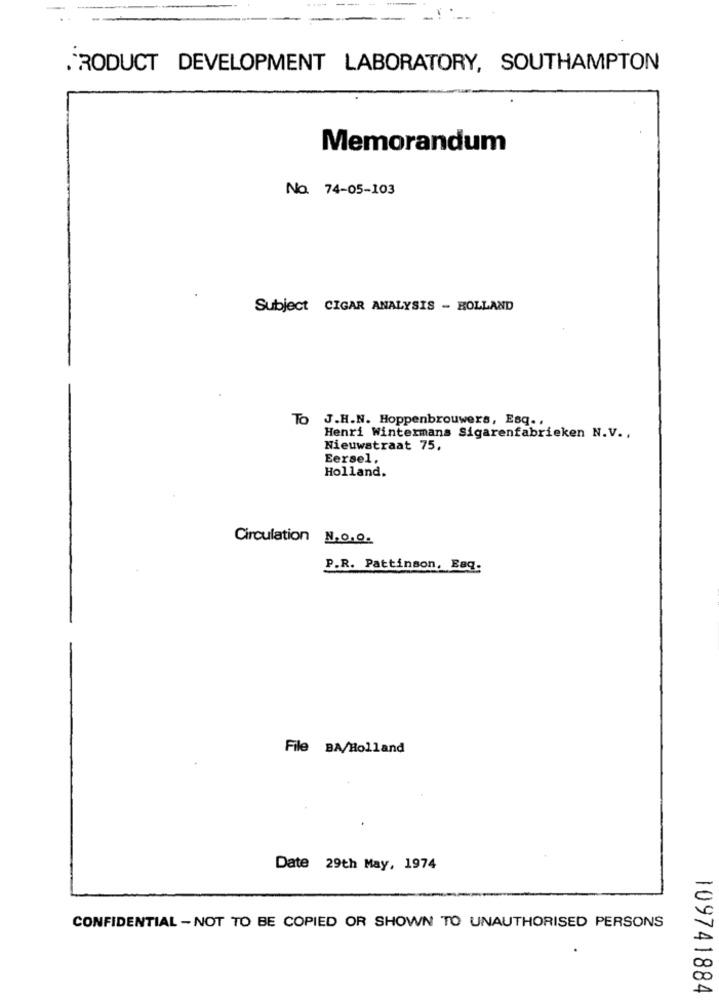
--
- :
.PRODUCT DEVELOPMENT LABORATORY, SOUTHAMPTON
Memorandum
No. 74-05-103
Subject CIGAR ANALYSIS - ROLLAND
To
J.H.N. Hoppenbrouwers, Esq .,
Henri Wintermans Sigarenfabrieken N.V .,
Nieuwstraat 75,
Eersel.
Holland.
Circulation N.O.O.
P.R. Pattinson, Eag.
File BA/Holland
Date 29th May, 1974
CONFIDENTIAL - NOT TO BE COPIED OR SHOWN TO UNAUTHORISED PERSONS
109741884